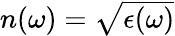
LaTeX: \begin{array}{r}{\begin{array}{r}{n(\omega)=\sqrt{\epsilon(\omega)}}\end{array}}\end{array}